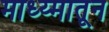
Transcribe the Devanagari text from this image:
माध्य्मातून